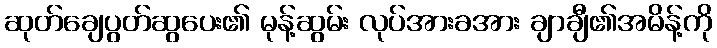
ဆုတ်ချေပွတ်ဆွပေး၏ မုန့်ဆွမ်း လုပ်အားခအား ချာချီ၏အမိန့်ကို